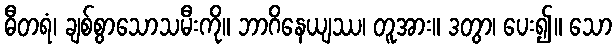
ဓီတရံ၊ ချစ်စွာသောသမီးကို။ ဘာဂိနေယျဿ၊ တူအား။ ဒတွာ၊ ပေး၍။ သော